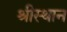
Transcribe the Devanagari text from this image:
श्रीस्थान